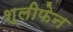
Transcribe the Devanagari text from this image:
श्लीफेन